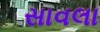
સાવલા